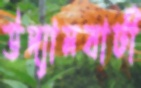
উদ্যানবাটী